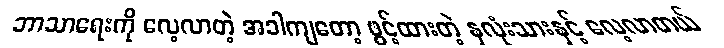
ဘာသာရေးကို လေ့လာတဲ့ အခါကျတော့ ဖွင့်ထားတဲ့ နှလုံးသားနှင့် လေ့လာတယ်